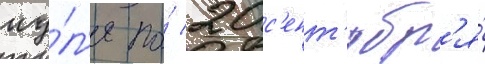
иу́л'я по́ 20 с'ент'ябр'я́